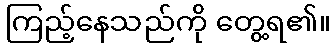
ကြည့်နေသည်ကို တွေ့ရ၏။